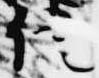
信